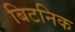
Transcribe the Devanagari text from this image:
बिटनिक